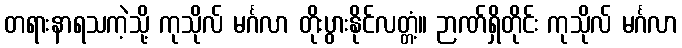
တရားနာရသကဲ့သို့ ကုသိုလ် မင်္ဂလာ တိုးပွားနိုင်လတ္တံ့။ ဉာဏ်ရှိတိုင်း ကုသိုလ် မင်္ဂလာ